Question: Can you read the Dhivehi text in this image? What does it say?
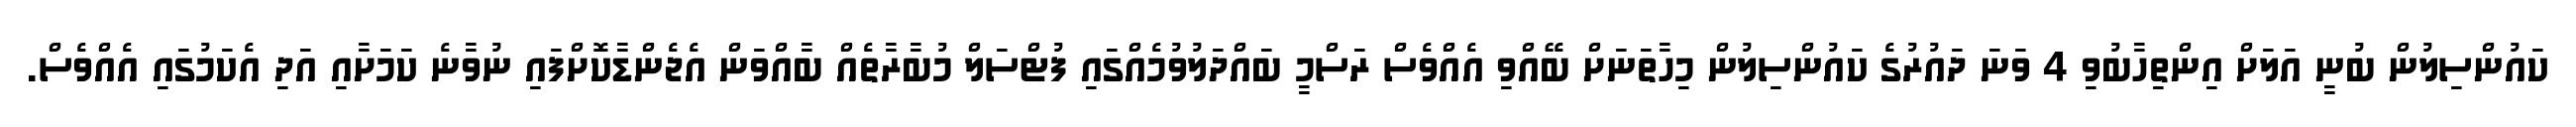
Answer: ކައުންސިލުން ބުނީ އަލަށް އިންތިހާބުވި 4 ވަނަ ދައުރުގެ ކައުންސިލުން މިހާތަނަށް ބޭއްވި އެއްވެސް ރަސްމީ ބައްދަލުވުމެއްގައި ފުޓްސަލް މުބާރާތެއް ބާއްވަން އެޖެންޑާކޮށްފައި ނުވާނެ ކަމަށާއި އަދި އެކަމުގައި އެއްވެސް.